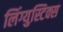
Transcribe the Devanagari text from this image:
लिंग्युस्टिक्स